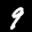
Label: 9